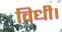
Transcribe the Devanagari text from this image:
विधी।